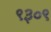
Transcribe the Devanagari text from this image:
९३०९